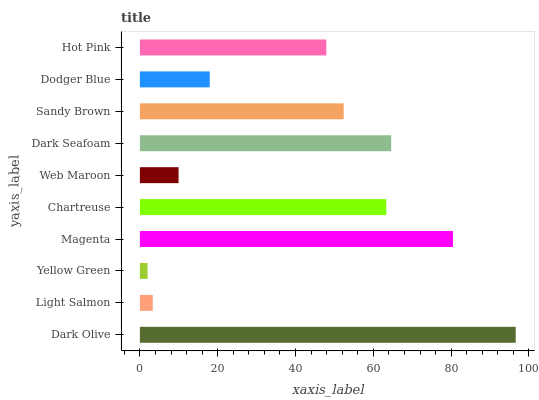
| yaxis_label | bars |
 | --- | --- |
 | Dark Olive | 96.6 |
 | Light Salmon | 3.3 |
 | Yellow Green | 1.96 |
 | Magenta | 80.5 |
 | Chartreuse | 63.3 |
 | Web Maroon | 9.94 |
 | Dark Seafoam | 64.6 |
 | Sandy Brown | 52.4 |
 | Dodger Blue | 17.9 |
 | Hot Pink | 47.9 |